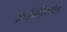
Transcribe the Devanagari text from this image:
इतेलियांस